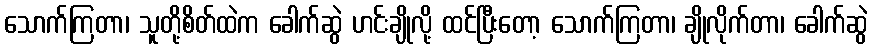
သောက်ကြတာ၊ သူတို့စိတ်ထဲက ခေါက်ဆွဲ ဟင်းချိုလို့ ထင်ပြီးတော့ သောက်ကြတာ၊ ချိုလိုက်တာ၊ ခေါက်ဆွဲ